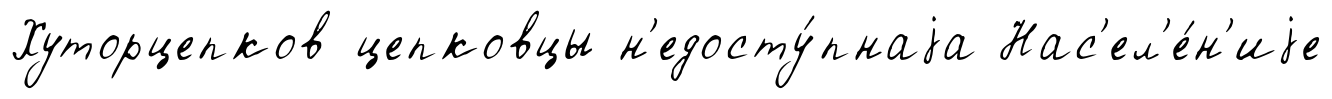
Хуторцепков цепковцы н'едосту́пнаjа Нас'ел'е́н'иjе